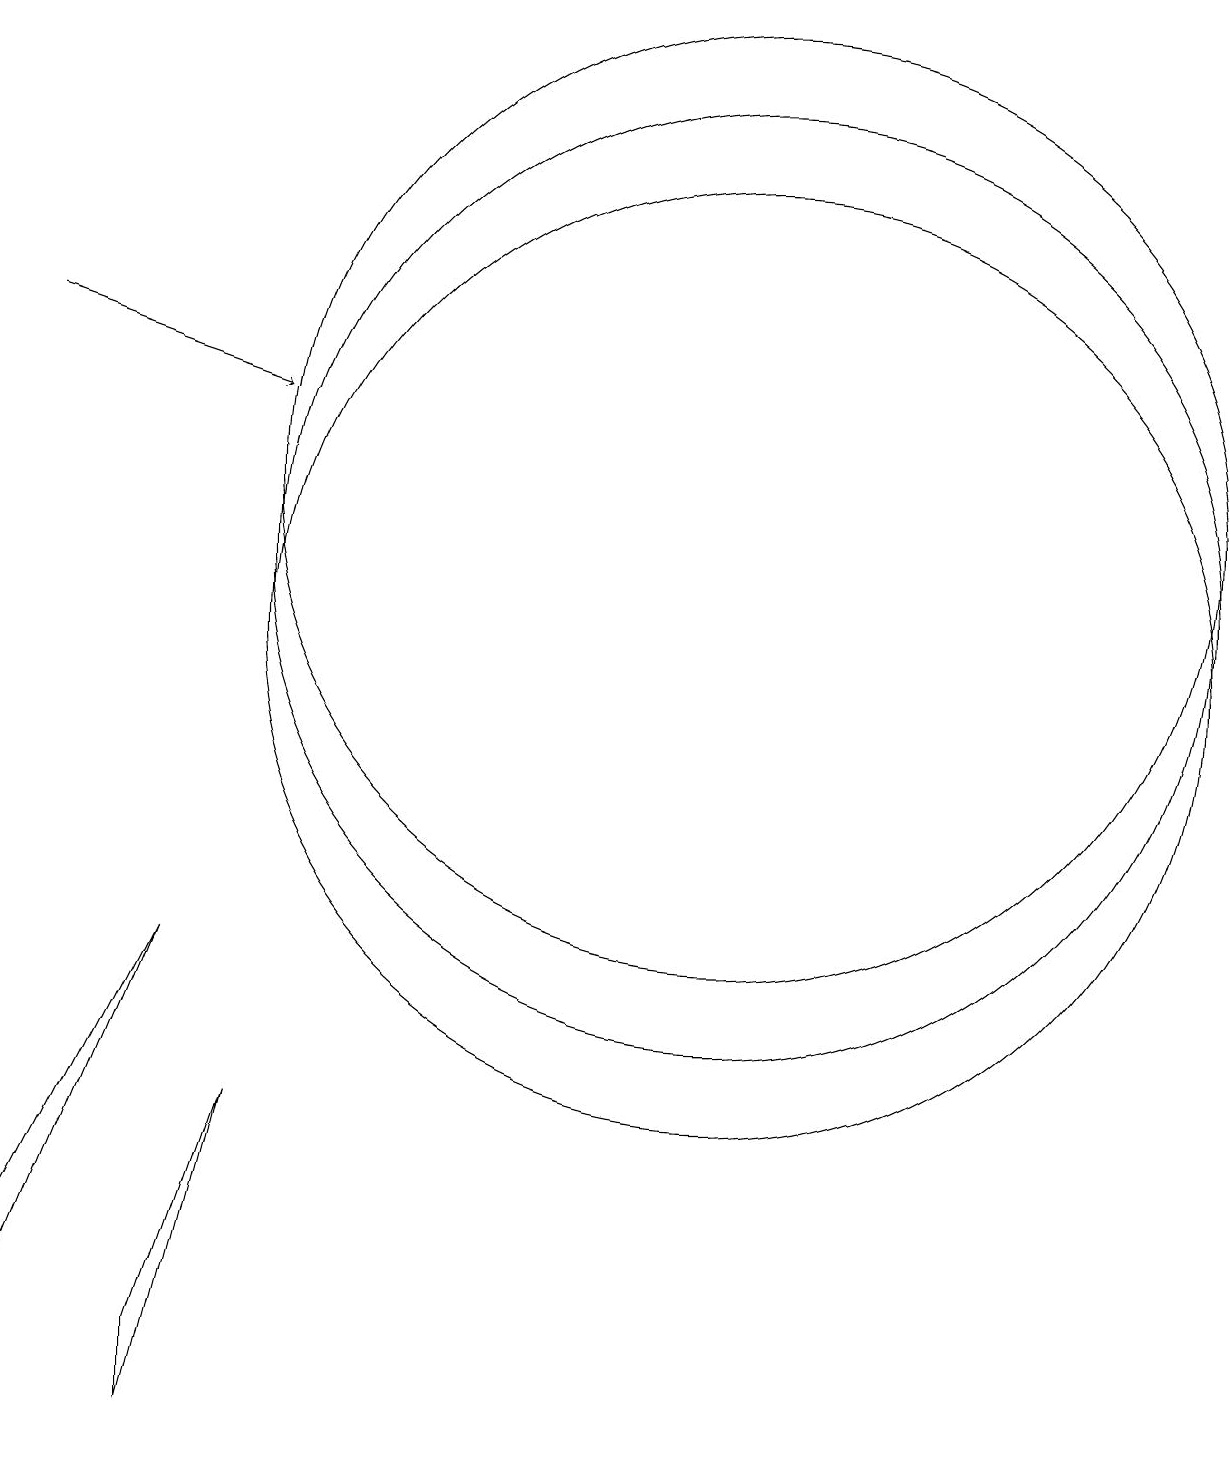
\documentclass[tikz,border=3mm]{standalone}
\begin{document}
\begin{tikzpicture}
\draw (11,11) circle (6);
\draw[->] (2,14) -- (5,13);
\draw (11,10) circle (6);
\draw (11,12) circle (6);
\draw (2,2) -- (4,6) -- (2,1) -- cycle;
\draw (4,1) -- (5,4) -- (4,0) -- cycle;
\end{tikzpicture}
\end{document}